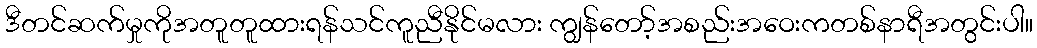
ဒီတင်ဆက်မှုကိုအတူတူထားရန်သင်ကူညီနိုင်မလား ကျွန်တော့်အစည်းအဝေးကတစ်နာရီအတွင်းပါ။